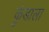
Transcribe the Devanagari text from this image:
कुंडाला